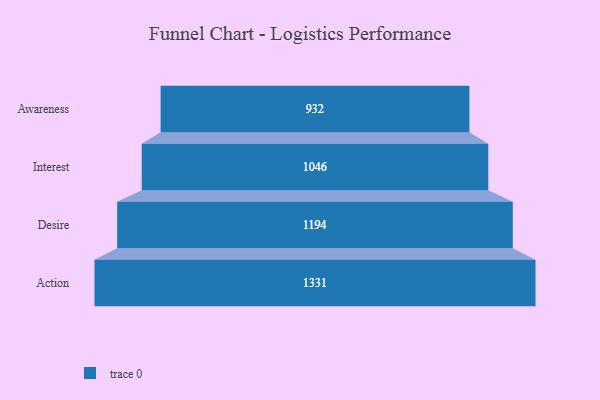
{"axis": {"x": "Stage", "y": "Value"}, "legend": [""], "data": [{"x": "Awareness", "y": 932.0, "type": ""}, {"x": "Interest", "y": 1046.0, "type": ""}, {"x": "Desire", "y": 1194.0, "type": ""}, {"x": "Action", "y": 1331.0, "type": ""}]}